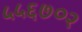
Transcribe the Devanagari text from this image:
५५६७०२